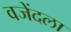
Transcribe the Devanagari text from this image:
वजेंदला